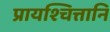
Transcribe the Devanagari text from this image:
प्रायश्चित्तानि